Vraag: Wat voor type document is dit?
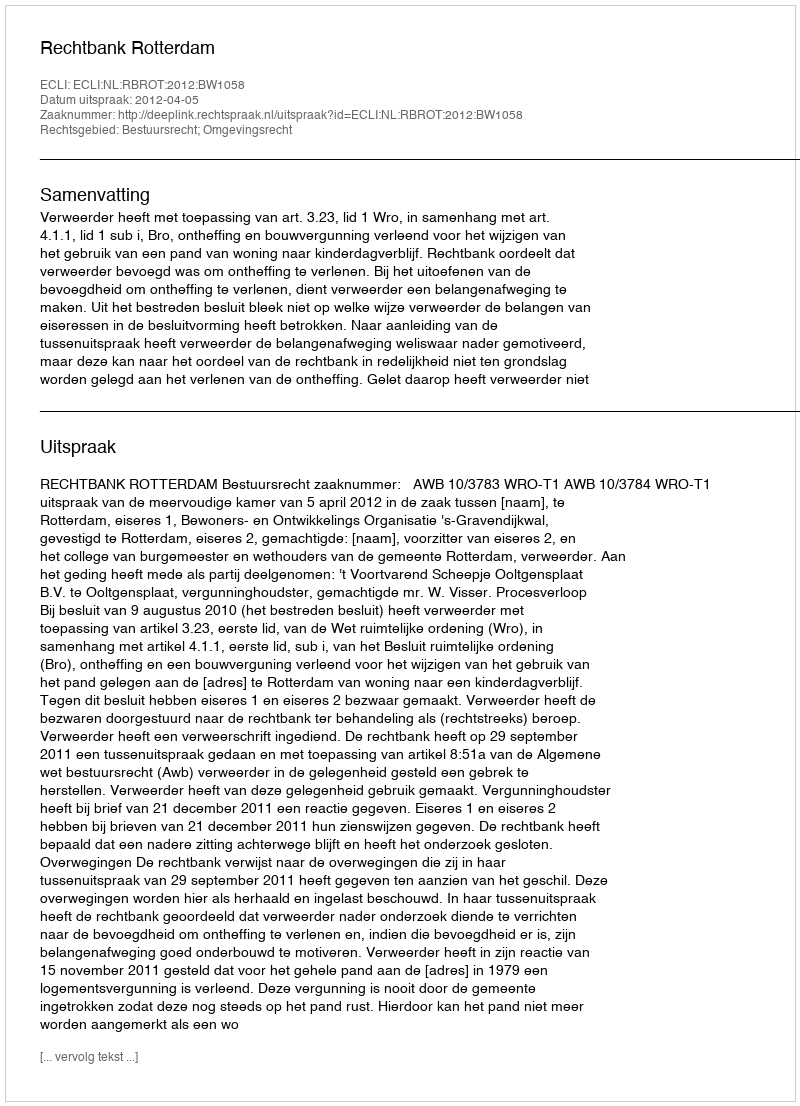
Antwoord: Uitspraak